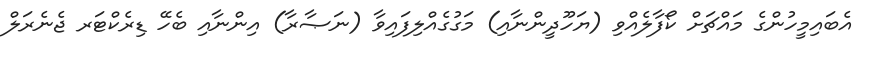
އެބައިމީހުންގެ މައްޗަށް ކޯފާލެއްވި (ޔަހޫދީންނާއި) މަގުގެއްލިފައިވާ (ނަޞާރާ) އިންނާއި ބެހޭ ޑިރެކްޓަރ ޖެނެރަލް